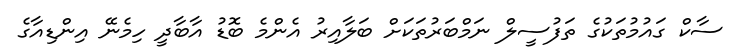
ސާކް ގައުމުތަކުގެ ތަފުސީލް ނަމްބަރުތަކަށް ބަލާއިރު އެންމެ ބޮޑު އާބާދީ ހިމެނޭ އިންޑިއާގެ